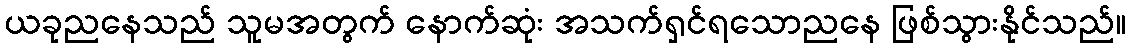
ယခုညနေသည် သူမအတွက် နောက်ဆုံး အသက်ရှင်ရသောညနေ ဖြစ်သွားနိုင်သည်။